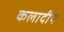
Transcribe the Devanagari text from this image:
कलादीप